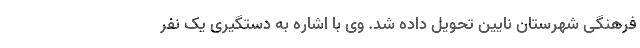
فرهنگی شهرستان نایین تحویل داده شد. وی با اشاره به دستگیری یک نفر